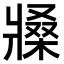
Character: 𤖒